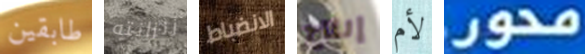
طابقين زنزانته الانضباط إنتاج لأم محور